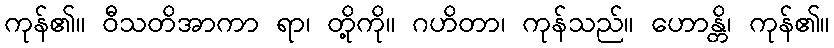
ကုန်၏။ ဝီသတိအာကာ ရာ၊ တို့ကို။ ဂဟိတာ၊ ကုန်သည်။ ဟောန္တိ၊ ကုန်၏။